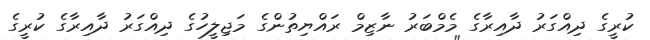
ކުރީގެ ދިއްގަރު ދާއިރާގެ މެމްބަރު ނާޒިމް ރައްޔިތުންގެ މަޖިލީހުގެ ދިއްގަރު ދާއިރާގެ ކުރީގެ